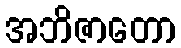
အဘိဇာတော